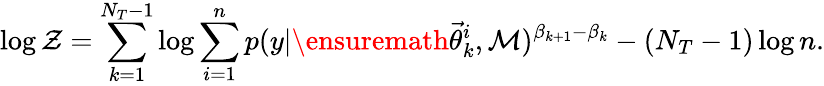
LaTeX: \log\mathcal{Z}=\sum_{k=1}^{N_{T}-1}\log\sum_{i=1}^{n}p(y|\ensuremath{\vec{\theta}}_{k}^{i},\mathcal{M})^{\beta_{k+1}-\beta_{k}}-(N_{T}-1)\log n.